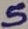
Text: 5